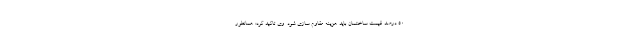
۵۰ درصد قیمت ساختمان باید هزینه مقاوم سازی شود. وی تاکید کرد: همانطور